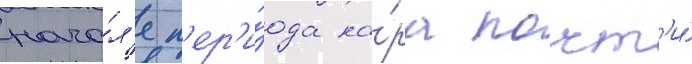
нача́л'е п'ер'и́ода на́ра почт'и́